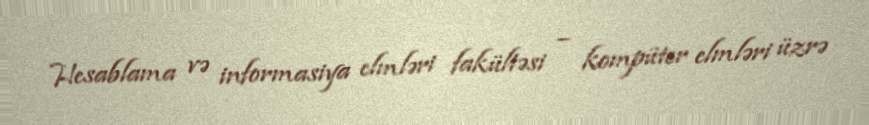
Hesablama və informasiya elmləri fakültəsi – kompüter elmləri üzrə